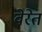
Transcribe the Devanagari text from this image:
वेरेत